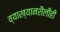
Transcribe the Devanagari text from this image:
व्याख्यानशैलीही